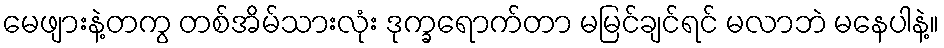
မေဖျားနဲ့တကွ တစ်အိမ်သားလုံး ဒုက္ခရောက်တာ မမြင်ချင်ရင် မလာဘဲ မနေပါနဲ့။